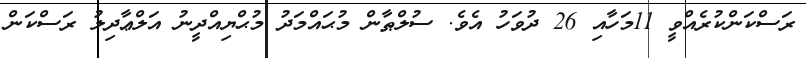
ރަސްކަންކުރެއްވީ 11މަހާއި 26 ދުވަހު އެވެ. ސުލްޠާން މުޙައްމަދު މުޙްޔިއްދީނު އަލްޢާދިލު ރަސްކަން